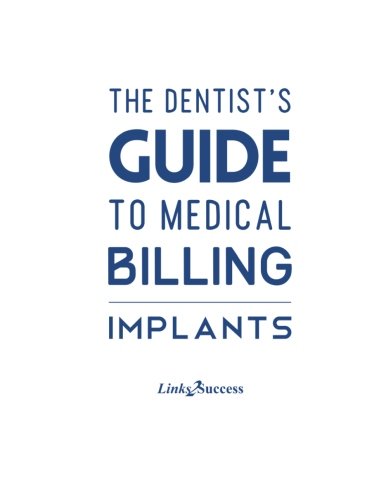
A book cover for The Dentists Guide to Medical Billing: Implants; Christine A Taxin; Medical Books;